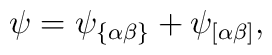
\psi=\psi_{\{\alpha\beta\} } +\psi_{\left [\alpha\beta\right ]},